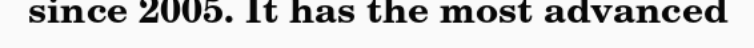
since 2005. It has the most advanced